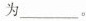
为______。